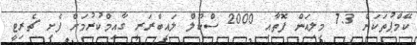
ކޭމްޕުތަކަށް 7.3 މިލިއަން ފޮތާއި 2000 ސްކޫލް ލައިބްރަރީ ގާއިމްކުރުމަށް ފެށި ޗެރިޓީ